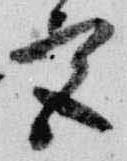
宮